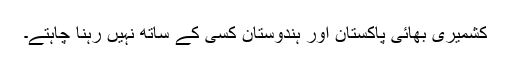
کشمیری بھائی پاکستان اور ہندوستان کسی کے ساتھ نہیں رہنا چاہتے۔